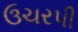
ઉચરપી